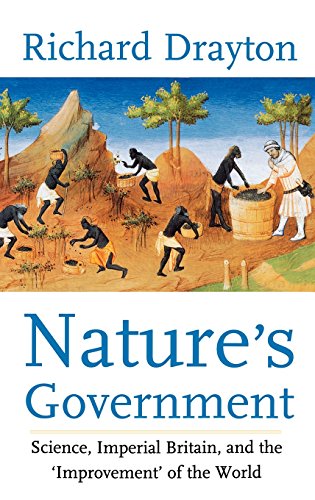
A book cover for Nature's Government: Science, Imperial Britain, and the "Improvement" of the World; Professor Richard Drayton; Crafts, Hobbies & Home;